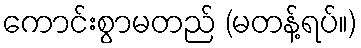
ကောင်းစွာမတည် (မတန့်ရပ်။)